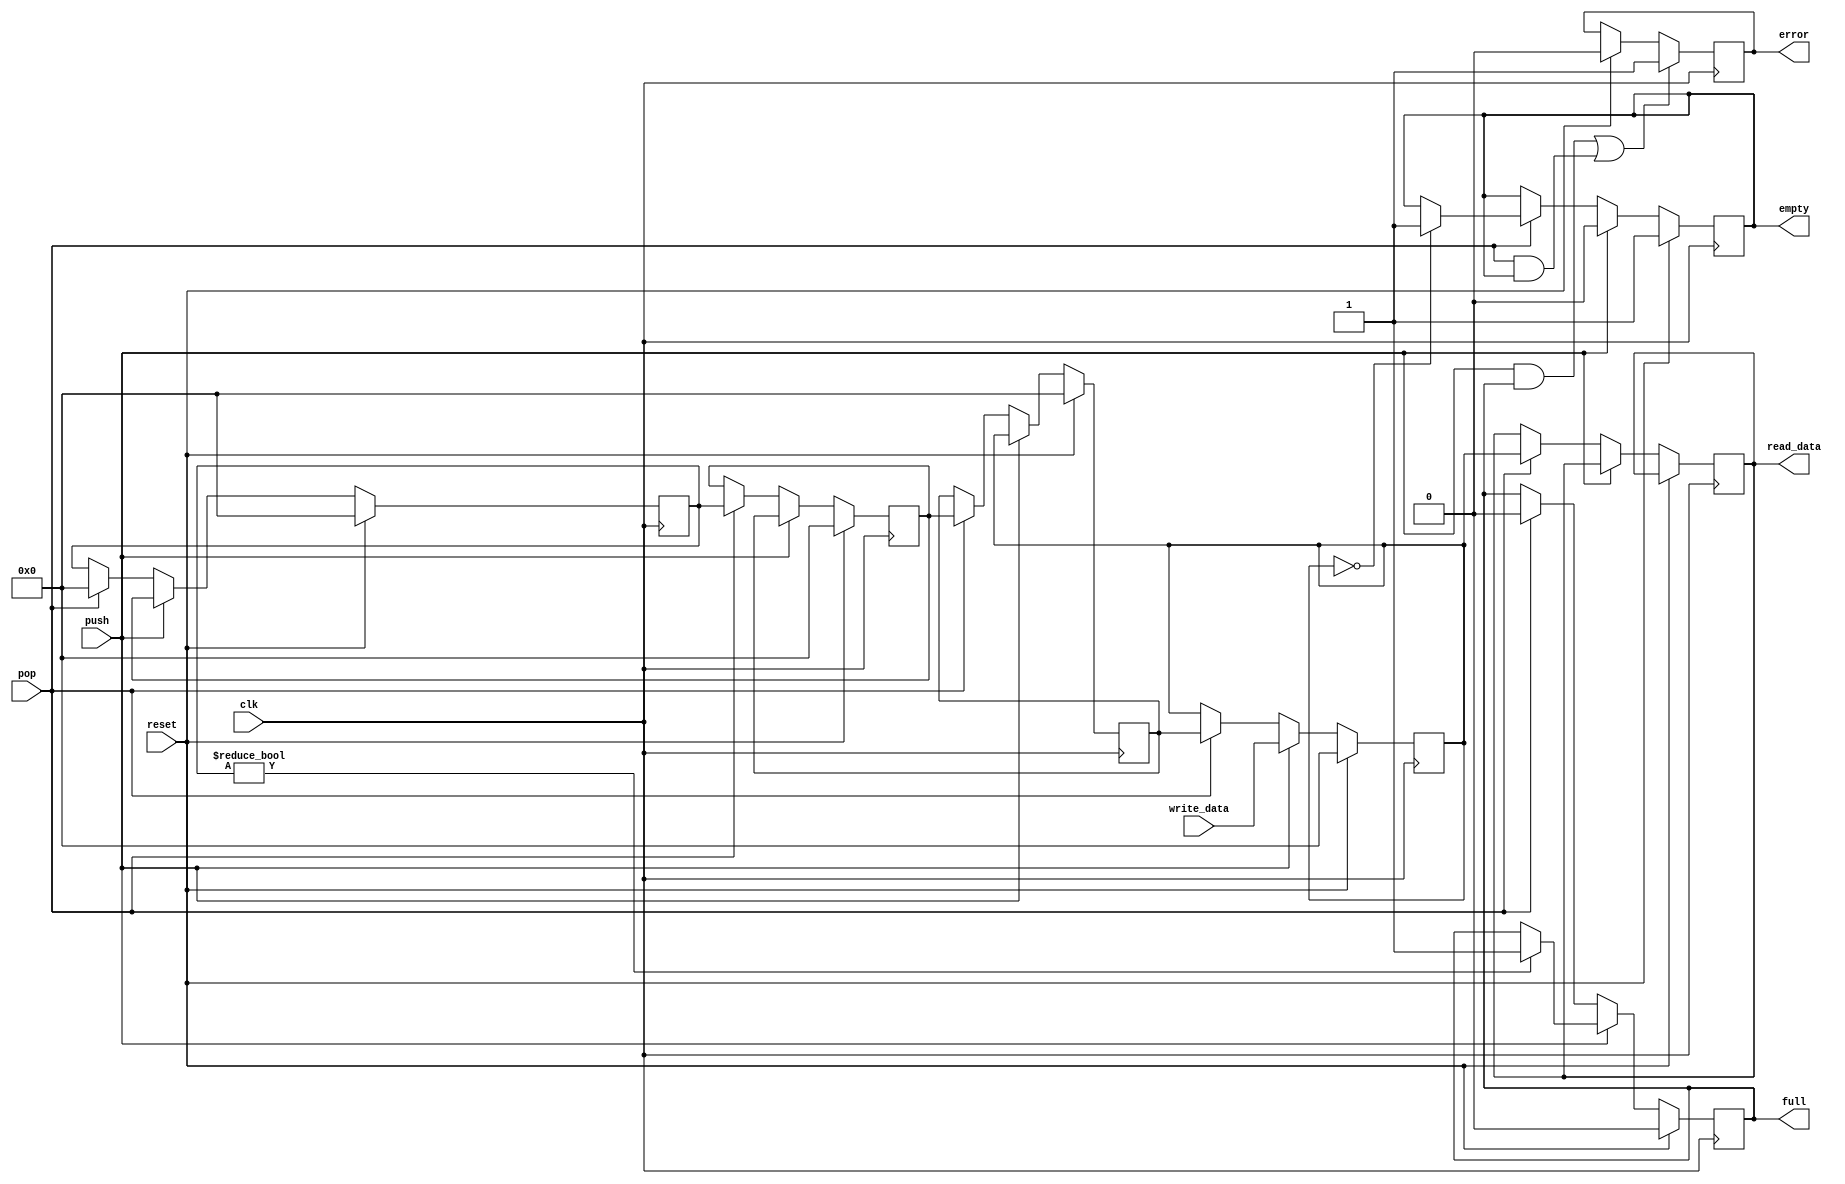
module LIFO_1

#(
	parameter DATA_WIDTH = 8, 
	parameter STACK_SIZE = 4
)

(
	input clk, reset, push, pop, 
	input [DATA_WIDTH - 1:0] write_data,
	output reg full, empty, error,
	output reg [DATA_WIDTH - 1:0] read_data
);

	reg [DATA_WIDTH - 1:0] stack [0:STACK_SIZE - 1];
	wire w_clk = ~clk;
	
	integer i;
	
	always @ (posedge w_clk)
	begin
		
		if (reset) begin
			for (i = 0; i < STACK_SIZE; i = i + 1)
				stack [i] <= 0;
			full <= 0;
			empty <= 1;
			error <= 0;
		end
	
		else if (push) begin
			empty <= 0;
			for (i = 0; i < STACK_SIZE - 1; i = i + 1)
				stack [i + 1] <= stack [i];
			stack [0] <= write_data;
			
			if (stack[STACK_SIZE - 1] != 0)
				full <= 1;
		end
		
		else if (pop) begin
				full <= 0;
				for (i = 0; i < STACK_SIZE - 1; i = i + 1)
					stack [i] <= stack [i + 1];
				stack [STACK_SIZE - 1] <= 0;
				read_data = stack [0];
				
				if (stack[0] == 0)
					empty <= 1;
			
		end
		
		if ((push == 1 && full == 1) || (pop == 1 && empty == 1))
			error <= 1;
		
	end
	
endmodule